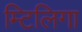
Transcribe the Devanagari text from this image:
म्टिलिगा